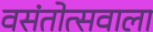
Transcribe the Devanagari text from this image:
वसंतोत्सवाला